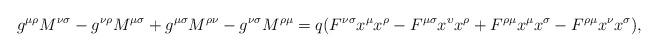
LaTeX: \begin{align*}g^{\mu \rho }M^{\nu \sigma }-g^{\nu \rho }M^{\mu \sigma }+g^{\mu \sigma}M^{\rho \nu }-g^{\nu \sigma }M^{\rho \mu }=q(F^{\nu \sigma }x^{\mu }x^{\rho}-F^{\mu \sigma }x^{\upsilon }x^{\rho }+F^{\rho \mu }x^{\mu }x^{\sigma}-F^{\rho \mu }x^{\nu }x^{\sigma }),\end{align*}